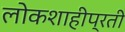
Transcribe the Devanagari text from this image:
लोकशाहीप्रती